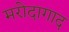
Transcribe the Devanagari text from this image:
मरोदागाद